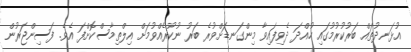
އުޅަނދުތައް ބަރުކުރުމުގައި ހުއްދަ ދެވިފައިވާ މިންގަނޑަށްވުރެ ބަރު ނުކުރެއްވުމަށް އިލްތިމާސްކޮށްފަ އެވެ. ފަސިންޖަރުން